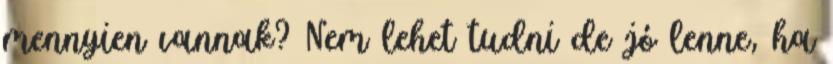
mennyien vannak? Nem lehet tudni de jó lenne, ha